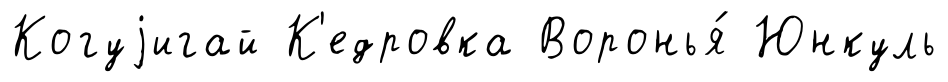
Когуjигай К'едровка Воронья́ Юнкуль